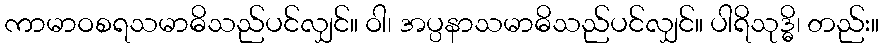
ကာမာဝစရသမာဓိသည်ပင်လျှင်။ ဝါ၊ အပ္ပနာသမာဓိသည်ပင်လျှင်။ ပါရိသုဒ္ဓိ၊ တည်း။